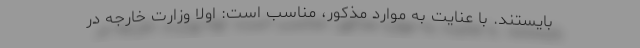
بایستند. با عنایت به موارد مذکور، مناسب است: اولاً وزارت خارجه در